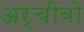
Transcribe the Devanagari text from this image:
अर्चीवो